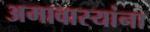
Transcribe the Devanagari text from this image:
अमावास्यांना